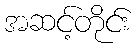
အဆင့်တိုင်း